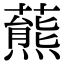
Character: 𧀛